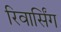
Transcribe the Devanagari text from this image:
रिवार्सिंग